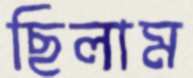
ছিলাম